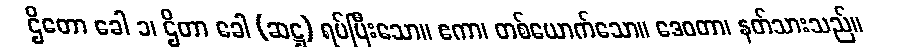
ဌိတော ခေါ ၁၊ ဌိတာ ခေါ (ဆဋ္ဌ) ရပ်ပြီးသော။ ဧကာ၊ တစ်ယောက်သော။ ဒေဝတာ၊ နတ်သားသည်။